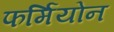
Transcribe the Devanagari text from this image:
फर्मियोन